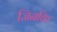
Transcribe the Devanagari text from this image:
जिनकि